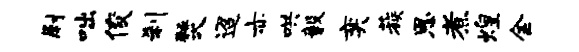
尉咄俊刹燹迢亦哄毅奕蔟恩煮煌金